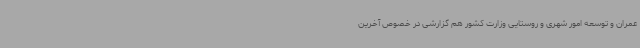
عمران و توسعه امور شهری و روستایی وزارت کشور هم گزارشی در خصوص آخرین